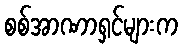
စစ်အာဏာရှင်များက